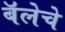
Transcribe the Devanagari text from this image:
बॅलेचे